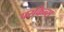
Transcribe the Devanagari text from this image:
परकिन्स